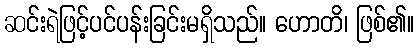
ဆင်းရဲဖြင့်ပင်ပန်းခြင်းမရှိသည်။ ဟောတိ၊ ဖြစ်၏။